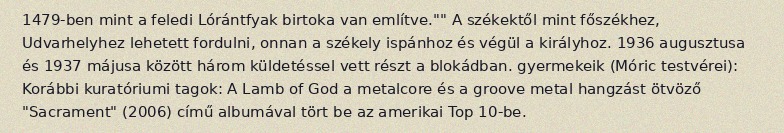
1479-ben mint a feledi Lórántfyak birtoka van említve."" A székektől mint főszékhez, Udvarhelyhez lehetett fordulni, onnan a székely ispánhoz és végül a királyhoz. 1936 augusztusa és 1937 májusa között három küldetéssel vett részt a blokádban. gyermekeik (Móric testvérei): Korábbi kuratóriumi tagok: A Lamb of God a metalcore és a groove metal hangzást ötvöző "Sacrament" (2006) című albumával tört be az amerikai Top 10-be.